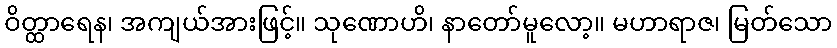
ဝိတ္ထာရေန၊ အကျယ်အားဖြင့်။ သုဏောဟိ၊ နာတော်မူလော့။ မဟာရာဇ၊ မြတ်သော